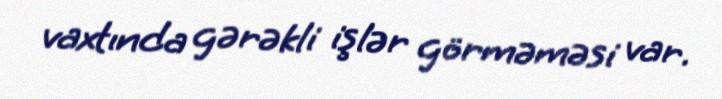
vaxtında gərəkli işlər görməməsi var.